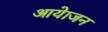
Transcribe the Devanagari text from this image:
आयेाजन